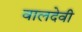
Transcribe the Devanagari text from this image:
वालदेवी